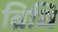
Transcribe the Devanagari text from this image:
ब्रिधि